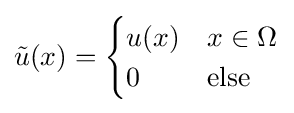
{\tilde {u}}(x)={\begin{cases}u(x)&x\in \Omega \\0&{\text{else}}\end{cases}}